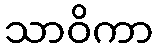
သာဝိကာ